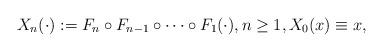
LaTeX: \begin{align*}X_n(\cdot) := F_n \circ F_{n-1} \circ \cdots \circ F_1 (\cdot), n \ge 1, X_0(x) \equiv x, \end{align*}